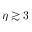
\eta \gtrsim 3